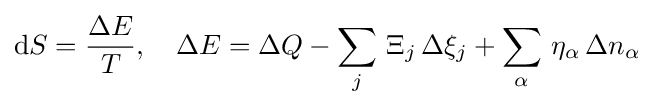
\mathrm {d} S={\frac {\Delta E}{T}},\quad \Delta E=\Delta Q-\sum _{j}\,\Xi _{j}\,\Delta \xi _{j}+\sum _{\alpha }\,\eta _{\alpha }\,\Delta n_{\alpha }